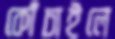
কোঁচাইলে